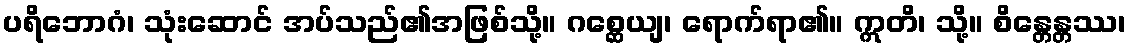
ပရိဘောဂံ၊ သုံးဆောင် အပ်သည်၏အဖြစ်သို့။ ဂစ္ဆေယျ၊ ရောက်ရာ၏။ ဣတိ၊ သို့။ စိန္တေန္တဿ၊